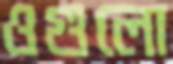
ওগুলো